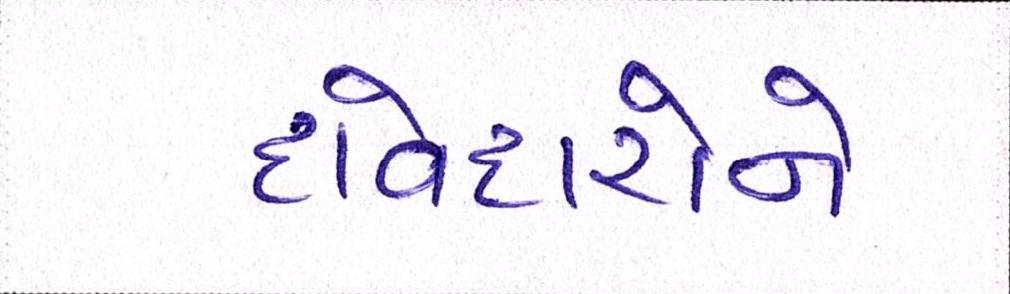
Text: દાવેદારોને